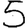
Digit: 5